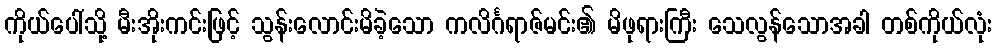
ကိုယ်ပေါ်သို့ မီးအိုးကင်းဖြင့် သွန်းလောင်းမိခဲ့သော ကလိင်္ဂရာဇ်မင်း၏ မိဖုရားကြီး သေလွန်သောအခါ တစ်ကိုယ်လုံး